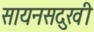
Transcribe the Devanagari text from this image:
सायनसदुखी